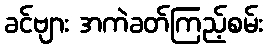
ခင်ဗျား အကဲခတ်ကြည့်စမ်း